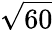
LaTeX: \sqrt{60}